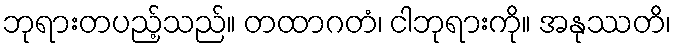
ဘုရားတပည့်သည်။ တထာဂတံ၊ ငါဘုရားကို။ အနုဿတိ၊